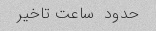
حدود  ساعت تاخیر